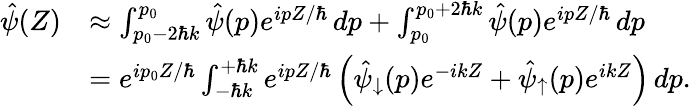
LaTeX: \begin{array}{rl}{\hat{\psi}(Z)}&{\approx\int_{p_{0}-2\hbar k}^{p_{0}}\hat{\psi}(p)e^{ipZ/\hbar}\, dp+\int_{p_{0}}^{p_{0}+2\hbar k}\hat{\psi}(p)e^{ipZ/\hbar}\, dp}\\ &{=e^{ip_{0}Z/\hbar}\int_{-\hbar k}^{+\hbar k}e^{ipZ/\hbar}\left(\hat{\psi}_{\downarrow}(p)e^{-ikZ}+\hat{\psi}_{\uparrow}(p)e^{ikZ}\right)\, dp.}\end{array}